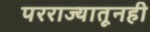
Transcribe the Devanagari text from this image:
परराज्यातूनही